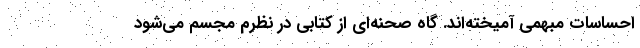
احساسات مبهمی آمیخته‌اند. گاه صحنه‌ای از کتابی در نظرم مجسم می‌شود